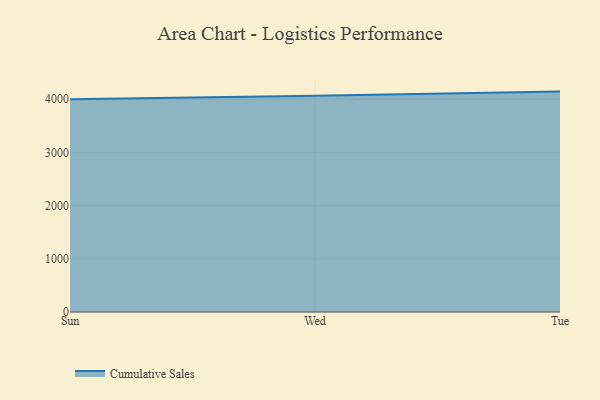
{"axis": {"x": "Day", "y": "Active Users"}, "legend": ["Cumulative Sales"], "data": [{"x": "Sun", "y": 4000.6, "type": "Cumulative Sales"}, {"x": "Wed", "y": 4062.4, "type": "Cumulative Sales"}, {"x": "Tue", "y": 4142.5, "type": "Cumulative Sales"}]}